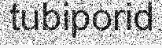
tubiporid